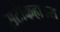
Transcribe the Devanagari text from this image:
सटीकहाउस